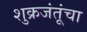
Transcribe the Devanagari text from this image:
शुक्रजंतूंचा